Indian journal of veterinary science and animal husbandry - Volume 13,
Year: 1943
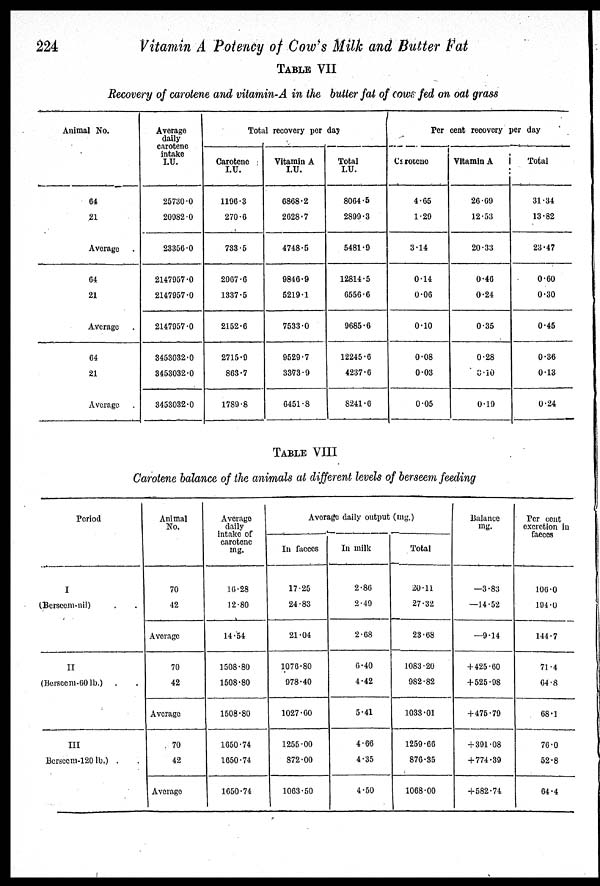
224
Vitamin A Potency of Cow's Milk and Butter Fat
TABLE VII
Recovery of carotene and vitamin.A in the butter fat of cows fed on oat grass
Animal No.
64
21
Average
64
21
Average
64
21
Average
Average
daily
carotene
intake
I.U.
25730.0
20982.0
23356.0
2147957.0
2147957.0
2147957.0
3453032.0
3453032.0
3453032.0
Total recovery per day
Carotene
I.U.
1196.3
270.6
733.5
2967.6
1337.5
2152.6
2715.9
863.7
1789.8
Vitamin A
I.U.
6868.2
2628.7
4748.5
9846.9
5219.1
7533.0
9529.7
3373.9
6451.8
Total
I.U.
8064.5
2899.3
5481.9
12814.5
6556.6
9685.6
12245.6
4237.6
8241.6
Per cent recovery per day
Carotene
4.65
1.29
3.14
0.14
0.06
0.10
0.08
0.03
0.05
Vitamin A
26.69
12.53
20.33
0.46
0.24
0.35
0.28
0.10
0.19
Total
31.34
13.82
23.47
0.60
0.30
0.45
0.36
0.13
0.24
TABLE VIII
Carotene balance of the animals at different levels of berseem feeding
Period
I
(Berseem-nil) . .
II
(Berseem-60 lb.) . .
III
Berseem-120 lb.) . .
Animal
No.
70
42
Average
70
42
Average
70
42
Average
Average
daily
intake of
carotene
mg.
16.28
12.80
14.54
1508.80
1508.80
1508.80
1650.74
1650.74
1650.74
Average daily output (mg.)
17.25
24.83
21.04
1076.80
978.40
1027.60
1255.00
872.00
1063.50
2.86
2.49
2.68
6.40
4.42
5.41
4.66
4.35
4.50
20.11
27.32
23.68
1083.20
982.82
1033.01
1259.66
876.35
1068.00
Balance
mg.
—3.83
—14.52
—9.14
+ 425.60
+525.98
+ 475.79
+ 391.08
+ 774.39
+ 582.74
Per cent
excretion in
faeces
106.0
194.0
144.7
71.4
64.8
68.1
76.0
52.8
64.4